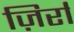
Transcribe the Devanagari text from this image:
ज़िर्रा